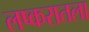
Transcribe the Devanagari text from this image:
लष्करातला